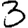
Digit: 3